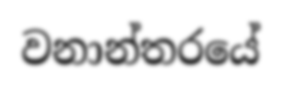
වනාන්තරයේ